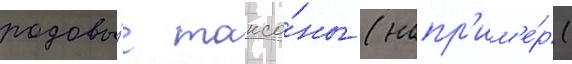
родовы́е таксо́ны (напр'им'е́р (